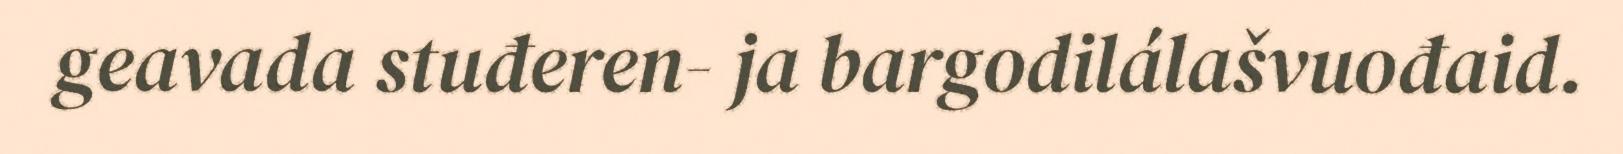
geavada stuđeren- ja bargodilálašvuođaid.